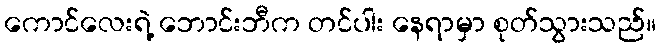
ကောင်လေးရဲ့ ဘောင်းဘီက တင်ပါး နေရာမှာ စုတ်သွားသည်။